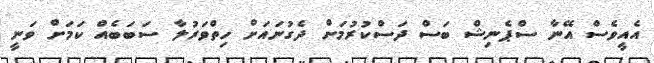
އެއީވެސް އޭނާ ސްޕެނިޝް ބަސް ދަސްކުރުމަށް ދެގުނައަށް ހިތްވަރުލާ ސަބަބެއް ކަމަށް ވަނީ